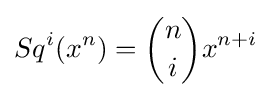
Sq^{i}(x^{n})={n \choose i}x^{n+i}